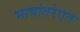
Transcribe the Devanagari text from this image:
भाषांतरेएत